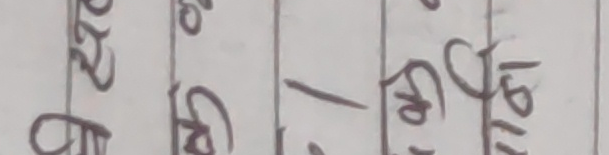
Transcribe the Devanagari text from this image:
माटो